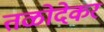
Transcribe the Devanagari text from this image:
तळोदेकर